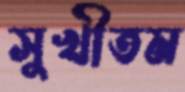
সুখীতম